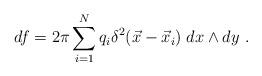
LaTeX: \begin{align*}df = 2 \pi\sum_{i=1}^{N} q_i \delta^2(\vec{x}-\vec{x}_i)\; dx\wedge dy~.\end{align*}